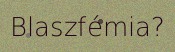
Blaszfémia?